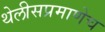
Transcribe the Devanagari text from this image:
थेलीसप्रमाणेच